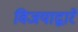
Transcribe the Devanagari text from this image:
विजयाद्वारे